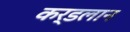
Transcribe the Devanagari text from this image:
कर्डलान